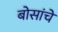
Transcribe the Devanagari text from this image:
बोसांचे